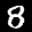
Label: 8